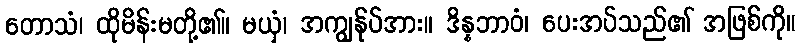
တောသံ၊ ထိုမိန်းမတို့၏။ မယှံ၊ အကျွန်ုပ်အား။ ဒိန္နဘာဝံ၊ ပေးအပ်သည်၏ အဖြစ်ကို။